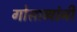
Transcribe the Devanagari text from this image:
गोसाव्यांनी